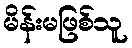
မိန်းမဖြစ်သူ